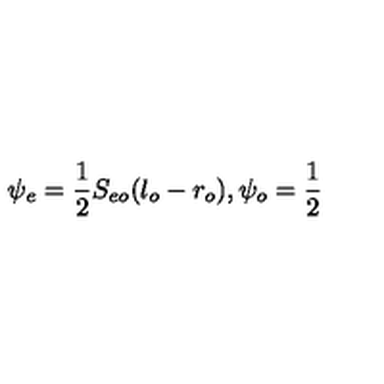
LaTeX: \psi _ { e } = { \frac { 1 } { 2 } } S _ { e o } ( l _ { o } - r _ { o } ) , \psi _ { o } = { \frac { 1 } { 2 } }